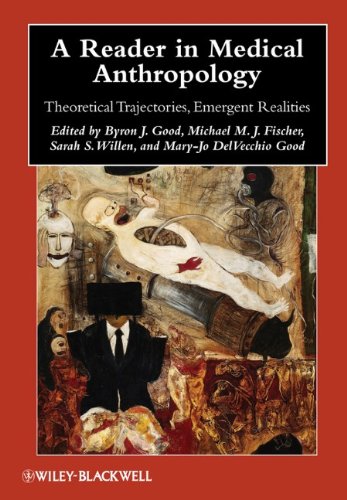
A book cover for A Reader in Medical Anthropology: Theoretical Trajectories, Emergent Realities (Blackwell Anthologies in Social and Cultural Anthropology); Politics & Social Sciences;